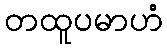
တထူပမာဟံ